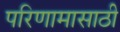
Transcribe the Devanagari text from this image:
परिणामासाठी